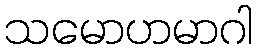
သမောဟမာဂါ